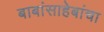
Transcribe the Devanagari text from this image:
बाबांसाहेबांचा